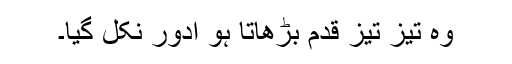
وہ تیز تیز قدم بڑھاتا ہو ادور نکل گیا۔